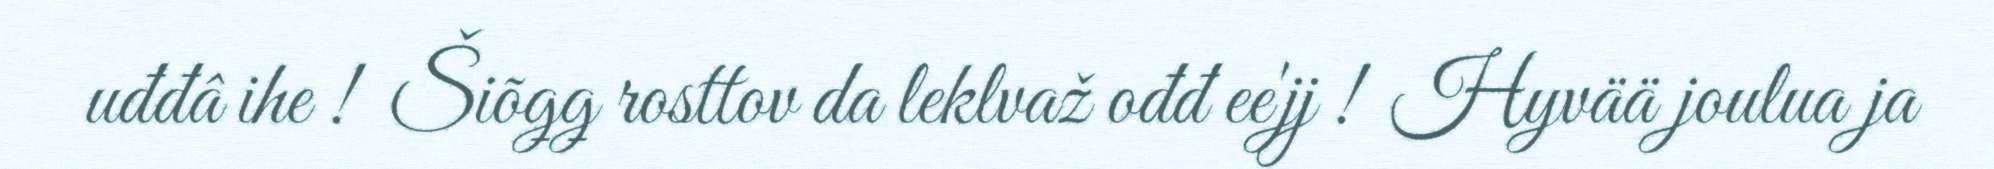
uđđâ ihe ! ​ Šiõǥǥ rosttov da leklvaž ođđ ee'jj ! ​ Hyvää joulua ja